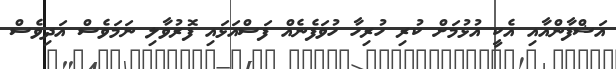
އަޝްފާންއާއި އެކީ އުޅުމަށް ކުރި ހުރިހާ ހުވަފެނެއް ފަސްއަޅައި ފޮރުވާލި ނަމަވެސް އަދިވެސް